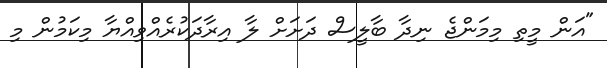
"އަން މީތި މިމަންޖެ ނިދާ ބާލީސް ދަށަށް ލާ އިރާދަކުރެއްވިއްޔާ މިކަމުން މި